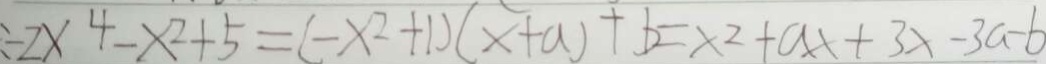
- 2 x ^ { 4 } - x ^ { 2 } + 5 = ( - x ^ { 2 } + 1 ) ( x + a ) + b = x ^ { 2 } + a x + 3 x - 3 a - b